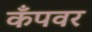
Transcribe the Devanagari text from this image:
कँपवर